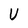
Character: U